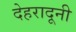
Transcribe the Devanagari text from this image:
देहरादूनी